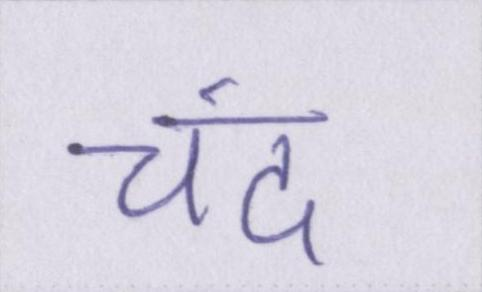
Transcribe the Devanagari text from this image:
चंद